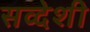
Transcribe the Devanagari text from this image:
सव्देशी